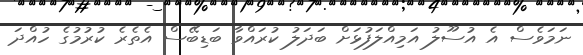
ނަމަވެސް އެ އުސޫލު އަމިއްލަފުޅަށް ބަދަލު ކުރައްވާ ބަޑިބޭސް އެތެރެ ކުރުމުގެ ހުއްދަ